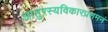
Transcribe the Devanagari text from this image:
आतुरस्यविकारप्रशमनं